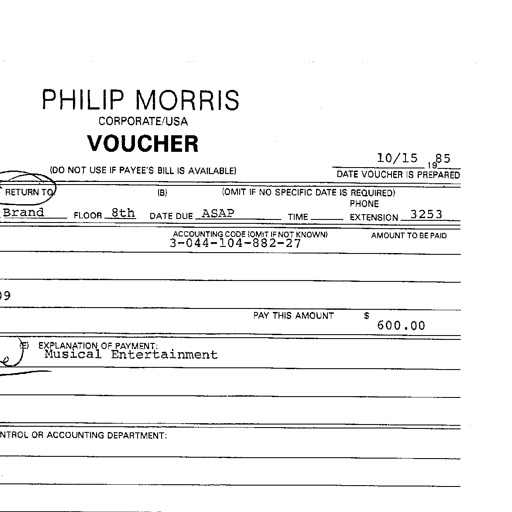
PHILIP MORRIS
CORPORATE/USA
VOUCHER
10/15 1985
(DO NOT USE IF PAYEE'S BILL IS AVAILABLE) DATE VOUCHER IS PREPARED
RETURN TO (B) (OMIT IF NO SPECIFIC DATE IS REQUIRED)
Brand FLOOR 8th DATE DUE ASAP TIME PHONE EXTENSION 3253
ACCOUNTING CODE (OMIT IF NOT KNOWN) AMOUNT TO BE PAID
3-044-104-882-27
99
PAY THIS AMOUNT $ 600.00
(E) EXPLANATION OF PAYMENT:
Musical Entertainment
NTROL OR ACCOUNTING DEPARTMENT: